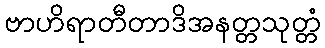
ဗာဟိရာတီတာဒိအနတ္တသုတ္တံ